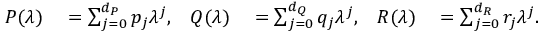
\begin{array} { r l r l r l } { P ( \lambda ) } & { { } = \sum _ { j = 0 } ^ { d _ { P } } p _ { j } \lambda ^ { j } , } & { Q ( \lambda ) } & { { } = \sum _ { j = 0 } ^ { d _ { Q } } q _ { j } \lambda ^ { j } , } & { R ( \lambda ) } & { { } = \sum _ { j = 0 } ^ { d _ { R } } r _ { j } \lambda ^ { j } . } \end{array}